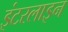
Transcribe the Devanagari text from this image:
इंटरलाइन